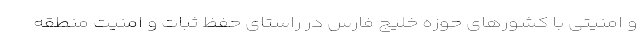
و امنیتی با کشور‌های حوزه خلیج فارس در راستای حفظ ثبات و امنیت منطقه